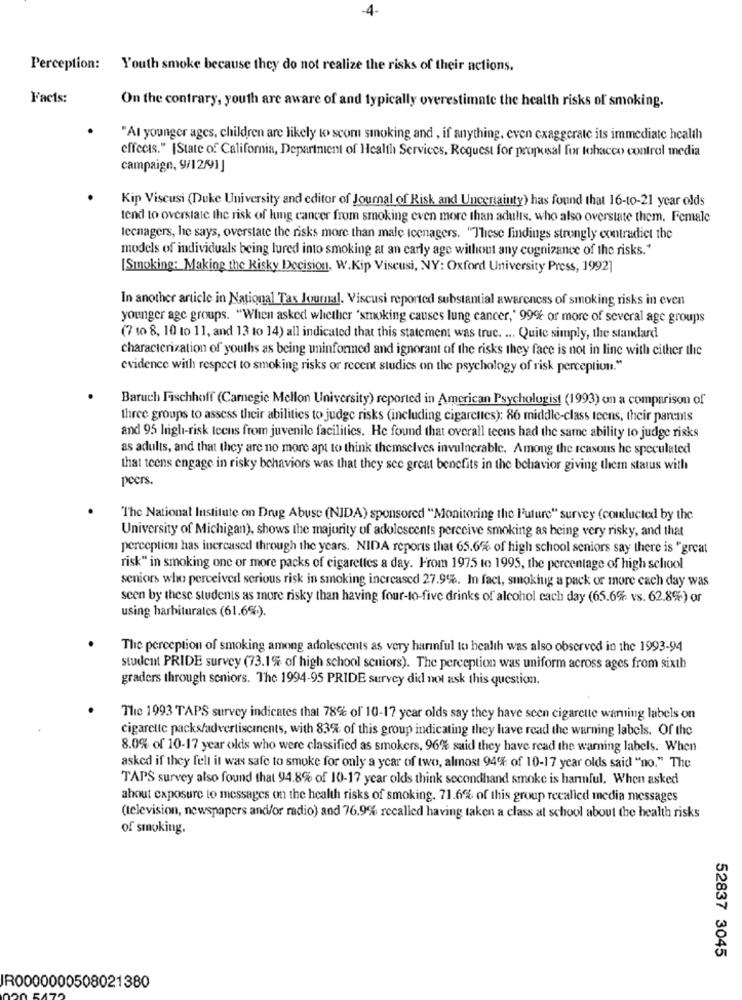
-4-
Perception: Youth smoke because they do not realize the risks of their actions.
Facts:
On the contrary, youth are aware of and typically overestimate the health risks of smoking.
"Al younger ages, children are likely to scom smoking and , if anything, even exaggerate its immediate health
effects." |State of California, Department of Health Services, Request for proposal for tobacco control media
campaign, 9/12/91]
Kip Viscusi (Duke University and editor of Journal of Risk and Uncertainty) has found that 16-to-21 year olds
tend to overstate the risk of lung cancer from smoking even more than adults, who also overstate them, Female
tecnagers, he says, overstate the risks more than male teenagers. "These findings strongly contradict the
models of individuals being lured into smoking at an carly age without any cognizance of the risks."
[Smoking: Making the Risky Decision, W.Kip Viscusi, NY: Oxford University Press, 1992]
In another article in National Tax Journal. Viscusi reported substantial awareness of smoking risks in even
younger age groups. "When asked whether "smoking causes lung cancer,' 9992 or more of several age groups
(7 to 8, 10 to 11, and 13 to 14) all indicated that this statement was truc. ... Quite simply, the standard
characterization of youths as being uninformed and ignorant of the risks they face is not in line with either the
evidence with respect to smoking risks or recent studies on the psychology of risk perception."
Baruch Fischhoff (Carnegie Mellon University) reported in American Psychologist (1993) on a comparison of
three groups to assess their abilities to judge risks (including cigarettes): 86 middle-class teens, their parents
and 95 high-risk teens from juvenile facilities. He found that overall teens had the same ability to judge risks
as adults, and that they are no more apt to think themselves invulnerable. Among the reasons he speculated
that teens engage in risky behaviors was that they see great benefits in the behavior giving them status with
peers.
The National Institute on Drug Abuse (NIDA) sponsored "Monitoring the Future" survey (conducted by the
University of Michigan), shows the majority of adolescents perceive smoking as being very risky, and that
perception has increased through the years. NIDA reports that 65.6% of high school seniors say there is "great
risk" in smoking one or more packs of cigarettes a day. From 1975 to 1995, the percentage of high school
seniors who perceived serious risk in smoking increased 27.9%. In fact, smoking a pack or more cach day was
seen by these students as more risky than having four-to-five drinks of alcohol each day (65.6% vs. 62.8%) or
using harbiturales (61.6%).
The perception of smoking among adolescents as very harinful to health was also observed in the 1993-94
student PRIDE survey (73.1% of high school seniors). The perception was uniform across ages from sixth
graders through seniors. The 1994-95 PRIDE survey did not ask this question.
The 1993 TAPS survey indicates that 78% of 10-17 year olds say they have seen cigarette warning labels on
cigarette packs/advertisements, with 83% of this group indicating they have read the warning labels. Of the
8.0% of 10-17 year olds who were classified as smokers, 96% said they have read the warning labels. When
asked if they felt it was safe to smoke for only a year of two, almost 94'E of 10-17 year olds said "no." The
TAPS survey also found that 94.8% of 10-17 year olds think secondhand smoke is harmful. When asked
ahout exposure to messages on the health risks of smoking. 71.6% of this group recalled media messages
(television, newspapers and/or radio) and 76.9% recalled having taken a class at school about the health risks
of smoking.
52837 3045
IR0000000508021380